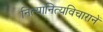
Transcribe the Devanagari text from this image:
नित्यानित्यविचारानें